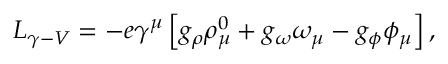
{ \cal L } _ { \gamma - V } = - e \gamma ^ { \mu } \left[ g _ { \rho } \rho _ { \mu } ^ { 0 } + g _ { \omega } \omega _ { \mu } - g _ { \phi } \phi _ { \mu } \right] ,